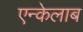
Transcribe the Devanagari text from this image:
एन्केलाब